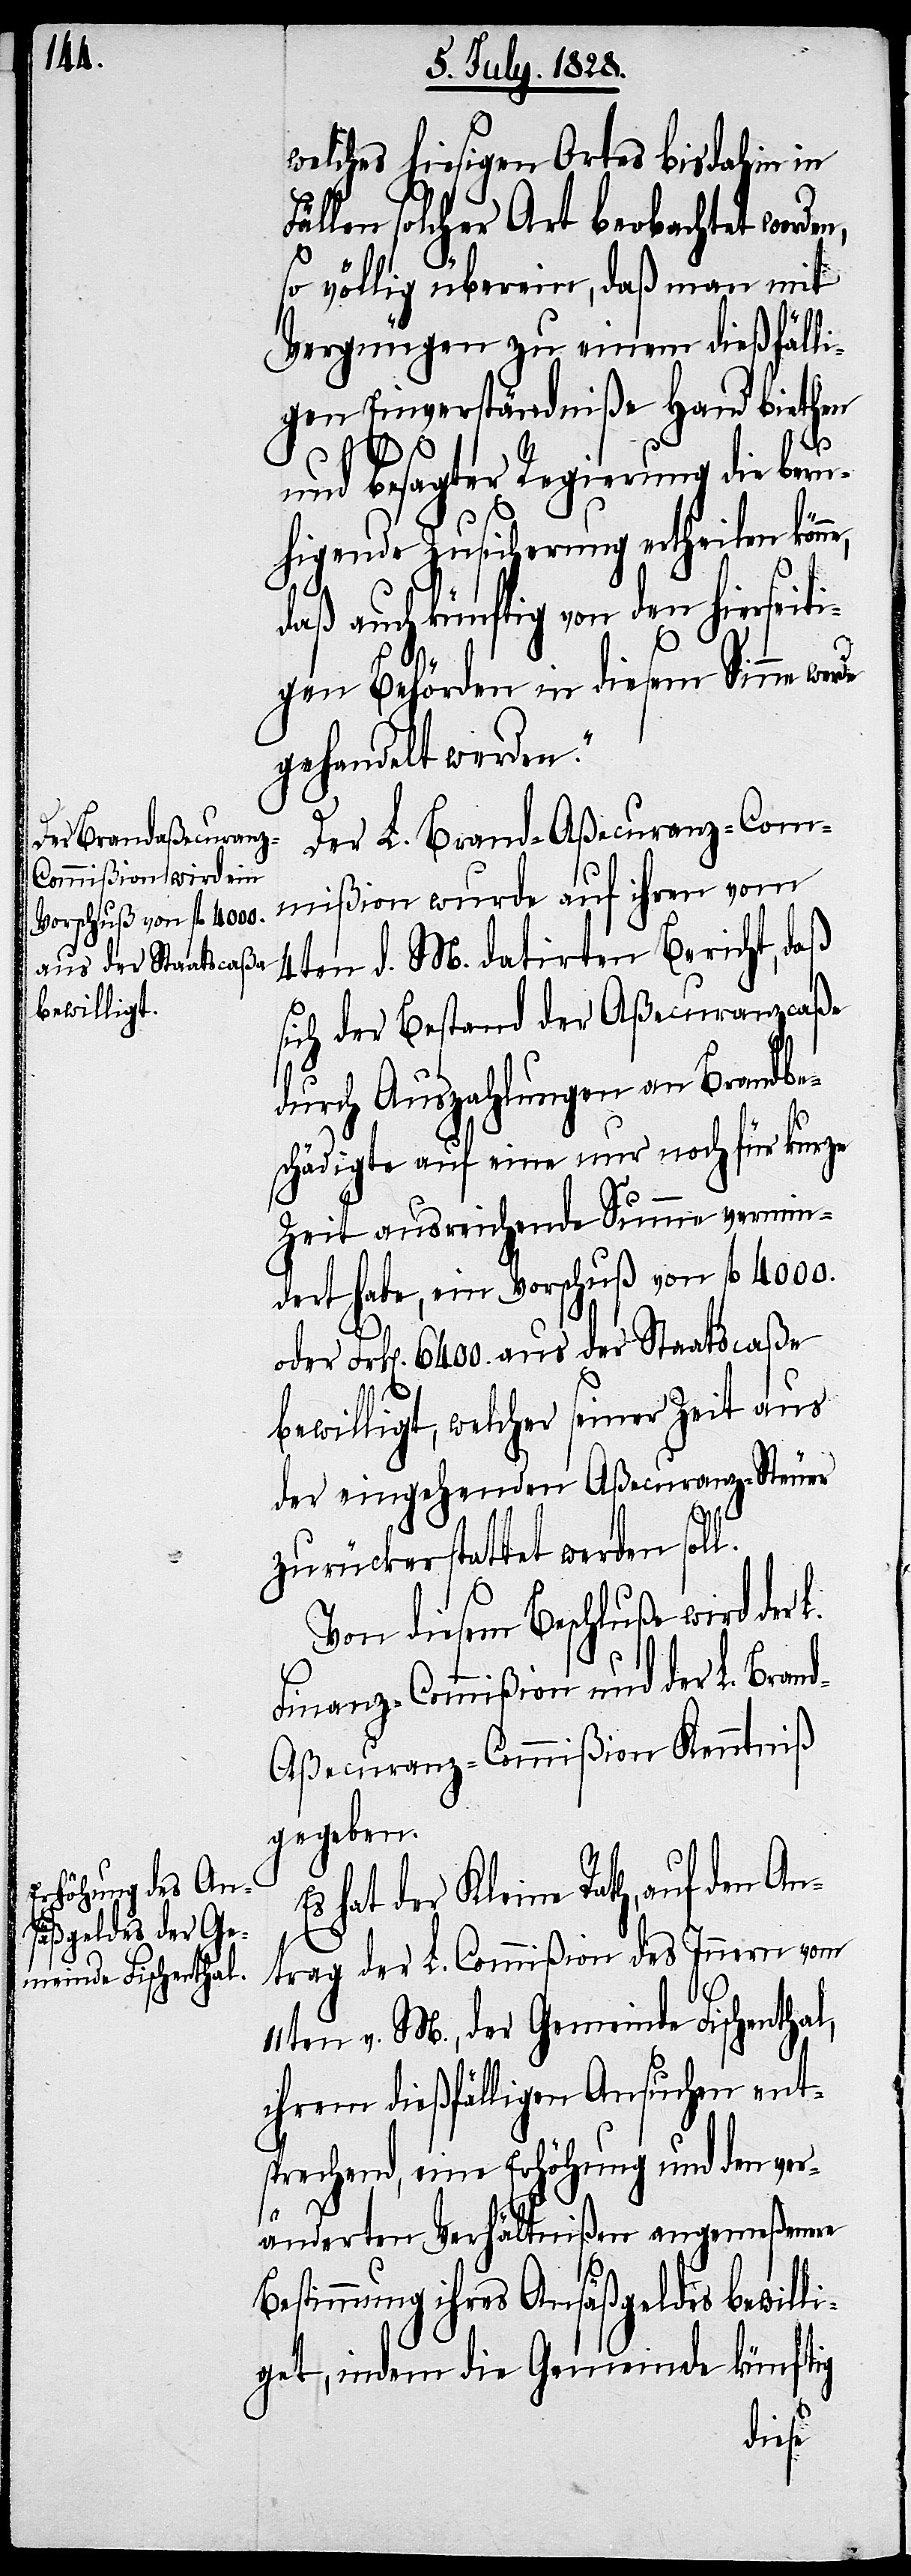
welches hiesigen Ortes bisdahin in
ällen solcher Art beobachtet worde¬
so völlig überein, daß man mit
Vergnügen zu einem dießfälli¬
gen Einverständniße Hand biethen
und besagter Regierung die beru¬
higende Zusicherung ertheilen kön¬
daß auch künftig von den hierseiti¬
gen Behörden in diesem Sinne werde
gehandelt werden.“
Der L. Brand-Aßecuranz-Com¬
mißion wurde auf ihren vom
4ten d. M. datirten Bericht, daß
sich der Bestand der Aßecuranzcaße
durch Auszahlung an Brandbe¬
schädigte auf eine nur noch für kurze
Zeit ausreichende Summe vermin¬
dert habe, ein Vorschuß von fl 4000.
E¬
oder Frk[en]. 6400. aus der Staatscaße
bewilligt, welcher seiner Zeit aus
der eingehenden Aßecuranz-Steuer
zurückerstattet werden soll.
Von diesem Beschluße wird der
Finanz-Commißion und der L. Bran¬
d-Aßecuranz-Commißion Kenntniß
gegeben.
s hat der Kleine Rath, auf den An¬
trag der L. Commißion des Innern vom
11ten v. M., der Gemeinde Fischenthal,
ihrem dießfälligen Ansuchen ent¬
sprechend, eine Erhöhung und den ver¬
änderten Verhältnißen angemeßene
Bestimmung ihres Ansäßengeldes bewill¬
iget, indem die Gemeinde künftig